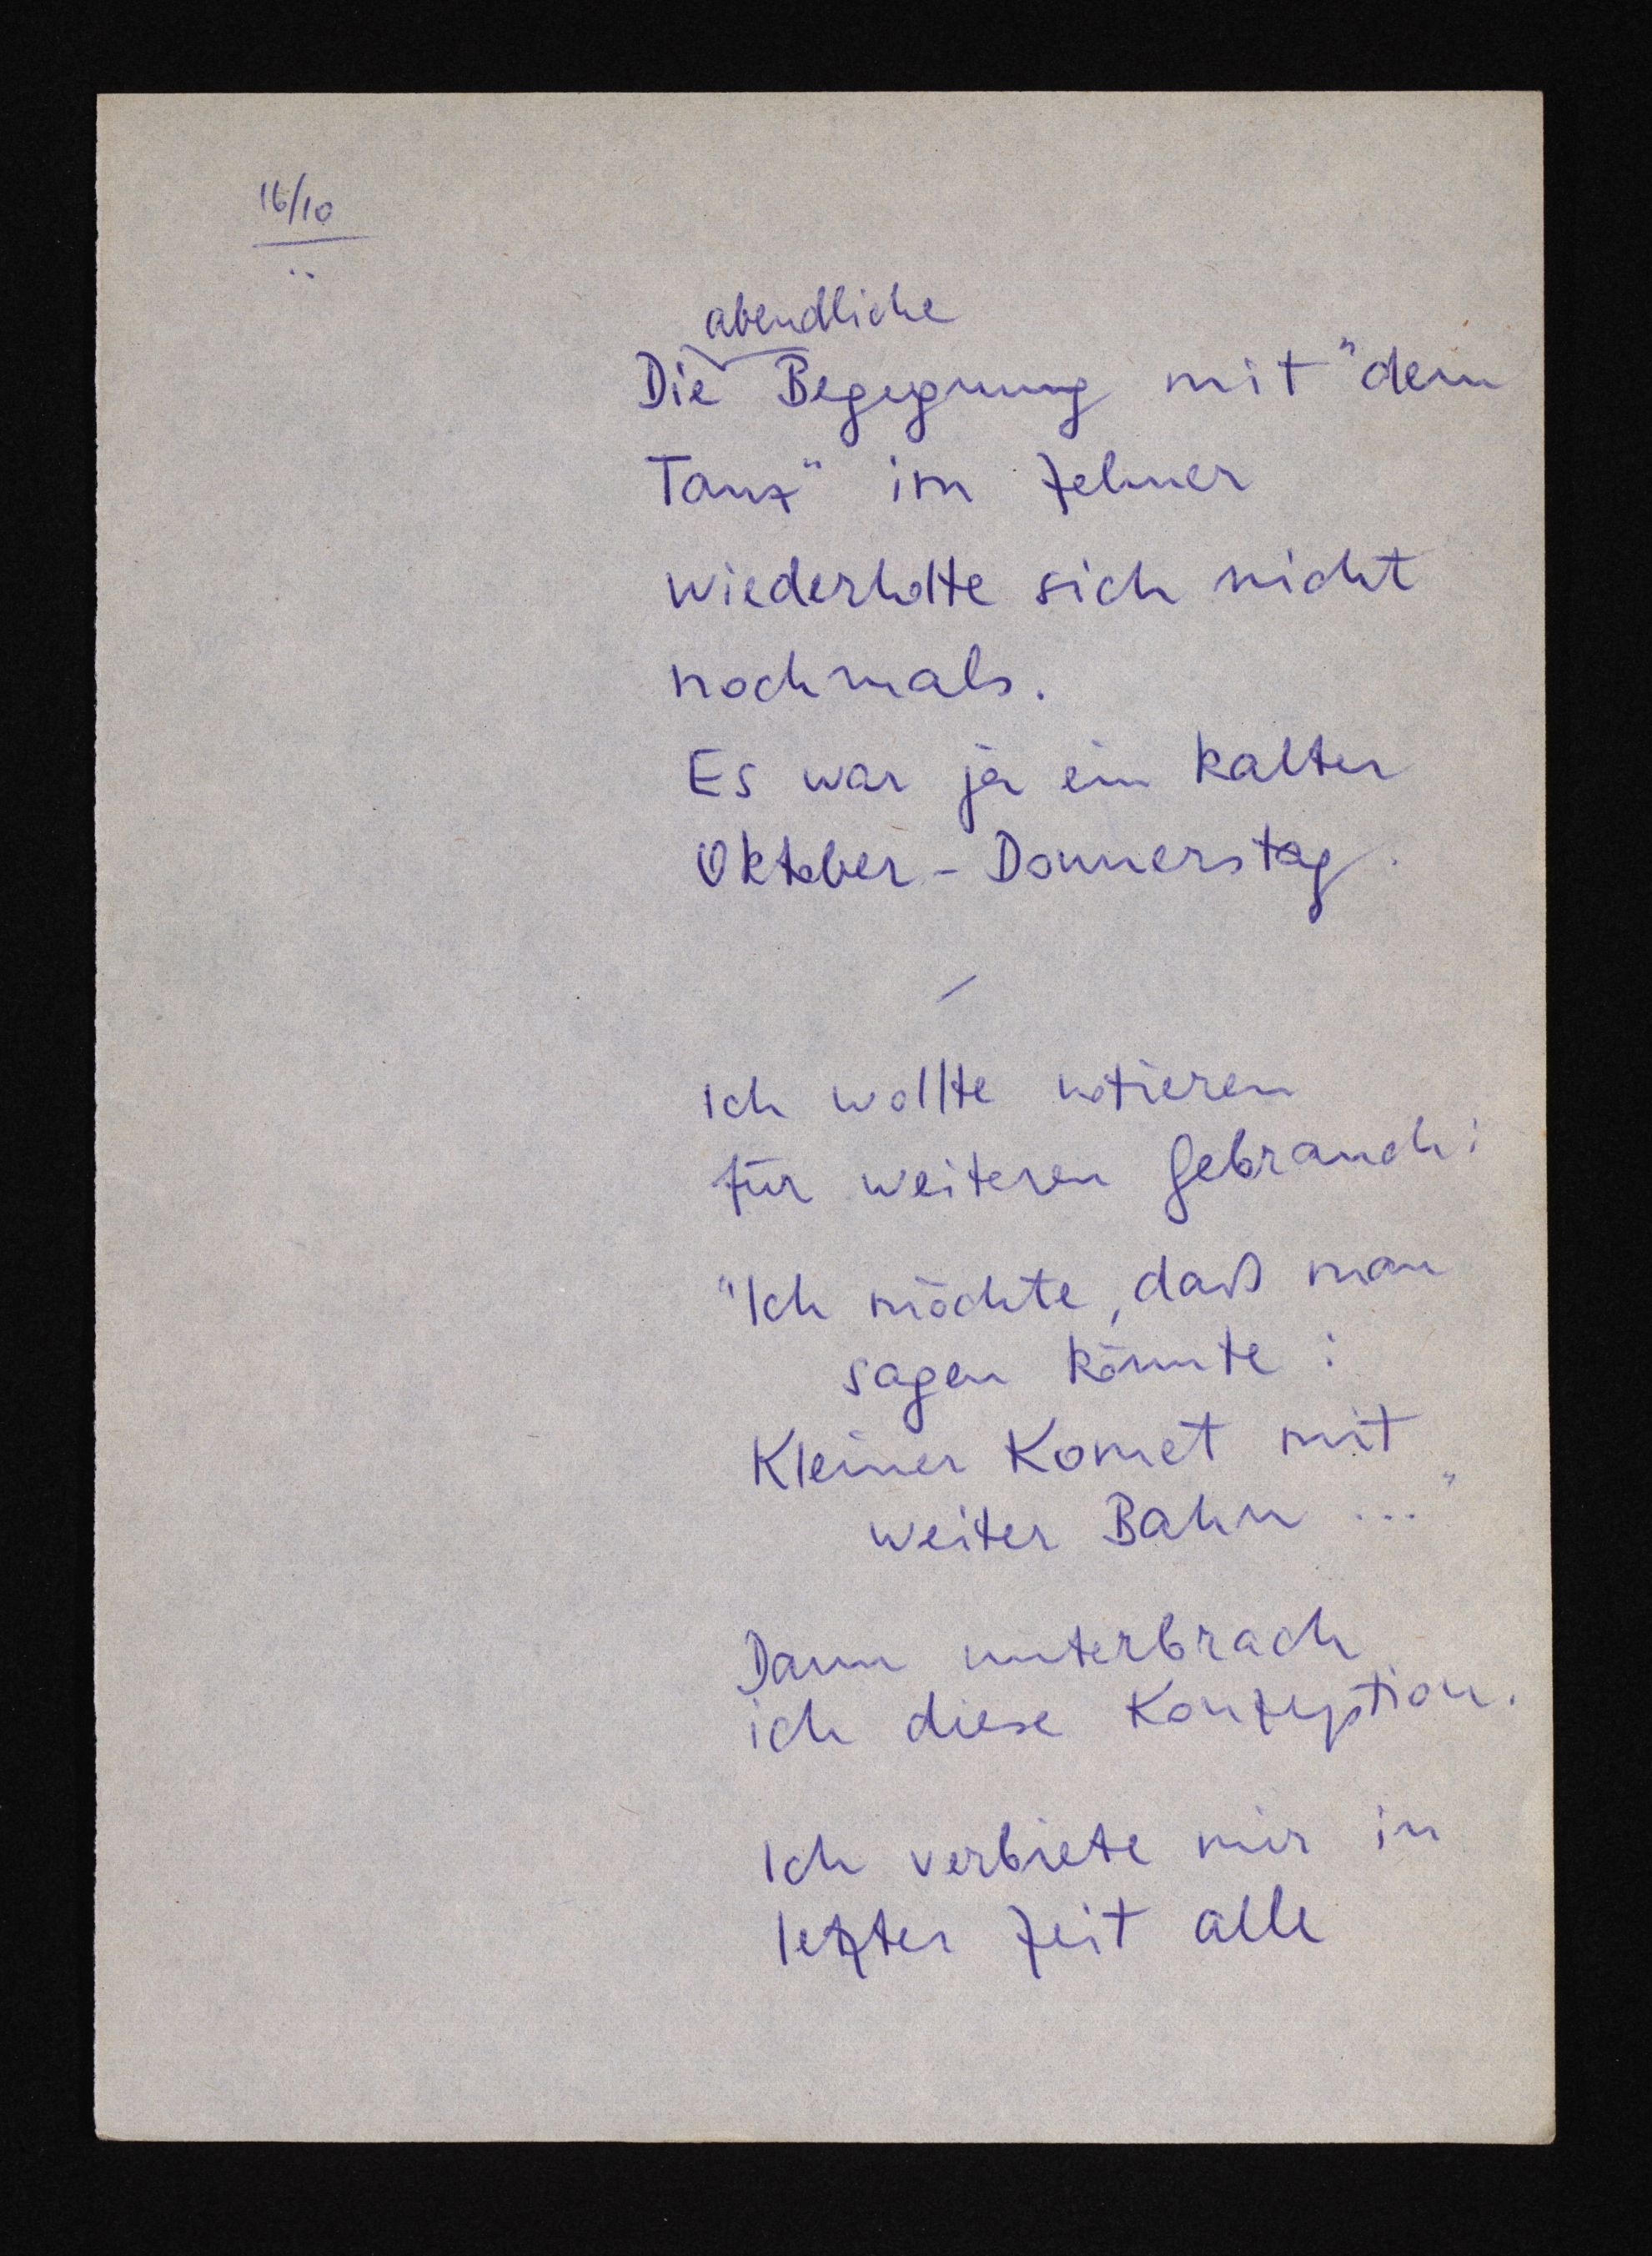
16/10
abendliche
Die Begegnung mit "dem
Tanz" im Zehner
wiederholte sich nicht
nochmals.
Es war ja ein kalter
Oktober-Donnerstag.
Ich wollte notieren
für weiteren Gebrauch:
Ich möchte, daß man
sagen könnte:
Kleiner Komet mit
weiter Bahn ..."
Dann unterbrach
ich diese Konzeption.
Ich verbiete mir in
letzter Zeit alle